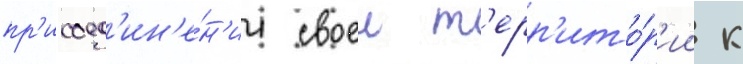
пр'исоед'ин'е́н'ии своеи т'ерр'ито́р'ии к